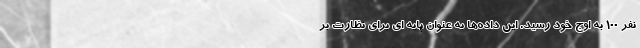
نفر ۱۰۰ به اوج خود رسید. این داده‌ها به عنوان پایه ای برای نظارت بر